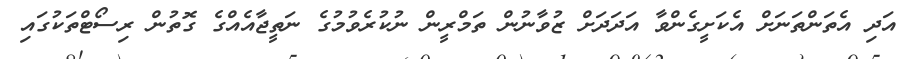
އަދި އެތަންތަނަށް އެކަށީގެންވާ އަދަދަށް ޒުވާނުން ތަމްރީން ނުކުރެވުމުގެ ނަތީޖާއެއްގެ ގޮތުން ރިސޯޓްތަކުގައި